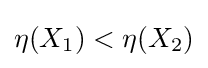
{\textstyle \eta (X_{1})<\eta (X_{2})}